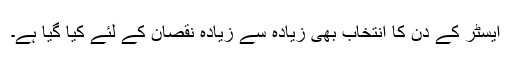
ایسٹر کے دن کا انتخاب بھی زیادہ سے زیادہ نقصان کے لئے کیا گیا ہے۔